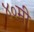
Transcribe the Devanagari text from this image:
४०मी